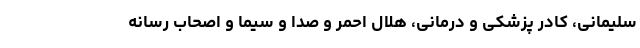
سلیمانی، کادر پزشکی و درمانی، هلال احمر و صدا و سیما و اصحاب رسانه